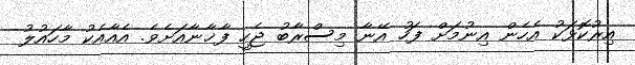
އިރުކޮޅަކު އެހެން އިނުމަށް ފަހު އޭނާ މިސްރާބު ޖެހީ ފާޚާނާއަށެވެ. އެއާއެކު މާހައުލު